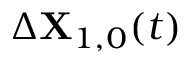
\Delta \mathbf { X } _ { 1 , 0 } ( t )